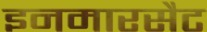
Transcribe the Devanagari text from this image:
इनमारसैट